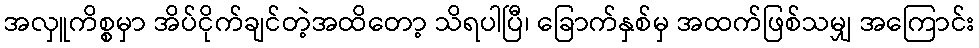
အလှူကိစ္စမှာ အိပ်ငိုက်ချင်တဲ့အထိတော့ သိရပါပြီ၊ ခြောက်နှစ်မှ အထက်ဖြစ်သမျှ အကြောင်း